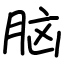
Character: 脑